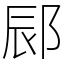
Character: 䣅